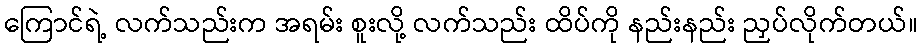
ကြောင်ရဲ့ လက်သည်းက အရမ်း စူးလို့ လက်သည်း ထိပ်ကို နည်းနည်း ညှပ်လိုက်တယ်။